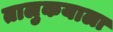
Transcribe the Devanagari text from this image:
तालुकयाला